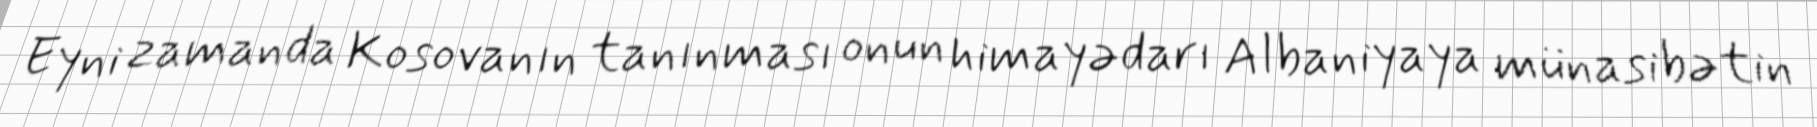
Eyni zamanda Kosovanın tanınması onun himayədarı Albaniyaya münasibətin